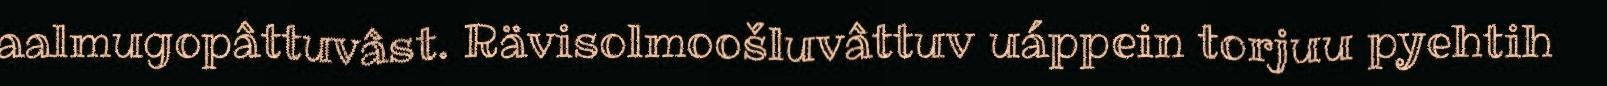
aalmugopâttuvâst. Rävisolmoošluvâttuv uáppein torjuu pyehtih